Problem: 28 + 8 = ?
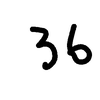
Handwritten answer: 36